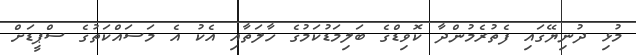
މުޅި ދުނިޔޭގައި ފެތުރެމުންދާ ކޮވިޑްގެ ބަލިމަޑުކަމުގެ ހާލަތާއި އެކު އެ މަސައްކަތުގެ ސްޕީޑަށް